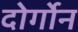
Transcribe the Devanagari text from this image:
दोर्गोन